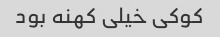
کوکی خیلی کهنه بود